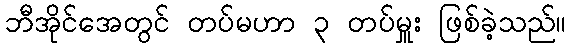
ဘီအိုင်အေတွင် တပ်မဟာ ၃ တပ်မှူး ဖြစ်ခဲ့သည်။